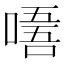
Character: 𠼘